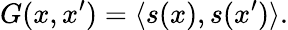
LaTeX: G(x,x^{\prime})=\langle s(x),s(x^{\prime})\rangle.